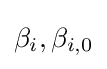
\beta _{i},\beta _{i,0}